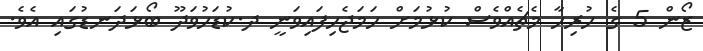
ޒޯން 5 ގެ ހުރިހާ މެެޗެއްވެސް ކުޅުމަށް ހަމަޖެހިފައިވަނީ ދ.ކުޑަހުވަދޫ ބޯޅަދަނޑުގައި އެވެ.